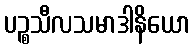
ပဉ္စသီလသမာဒါနိယော